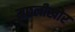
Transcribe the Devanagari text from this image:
मछलीखोर